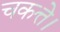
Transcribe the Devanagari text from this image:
चकत्ते।